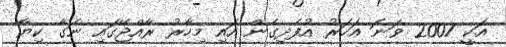
އަކީ 2007 ވަނަ އަހަރު އުފެދިގެން އައި މިހާރު ރާއްޖޭގައި ނަގާ ކިޔާ